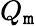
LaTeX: Q_{\mathtt{m}}